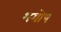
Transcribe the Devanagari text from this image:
भगोष